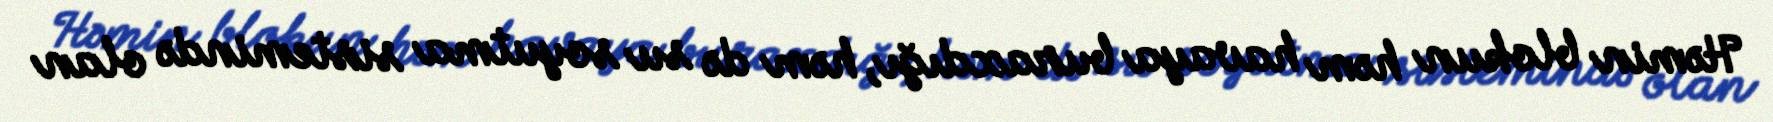
Həmin blokun həm havaya buraxdığı, həm də su soyutma sistemində olan